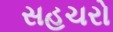
સહચરો